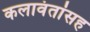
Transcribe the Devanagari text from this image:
कलावंतांसह